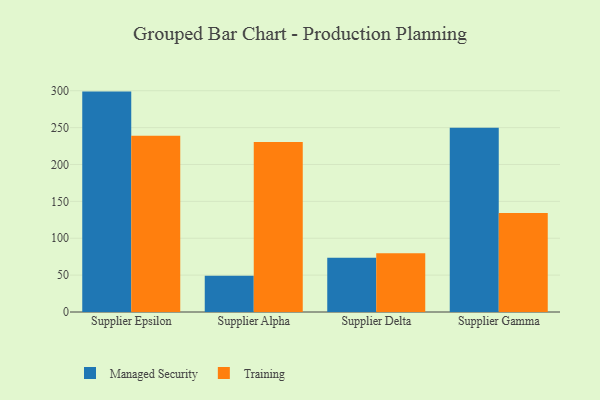
{"axis": {"x": "Supplier", "y": "Page Views"}, "legend": ["Managed Security", "Training"], "data": [{"x": "Supplier Epsilon", "y": 298.8, "type": "Managed Security"}, {"x": "Supplier Epsilon", "y": 238.9, "type": "Training"}, {"x": "Supplier Alpha", "y": 49.2, "type": "Managed Security"}, {"x": "Supplier Alpha", "y": 230.5, "type": "Training"}, {"x": "Supplier Delta", "y": 73.7, "type": "Managed Security"}, {"x": "Supplier Delta", "y": 79.7, "type": "Training"}, {"x": "Supplier Gamma", "y": 249.9, "type": "Managed Security"}, {"x": "Supplier Gamma", "y": 134.2, "type": "Training"}]}